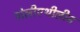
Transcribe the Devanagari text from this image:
पोलीएथीलीन